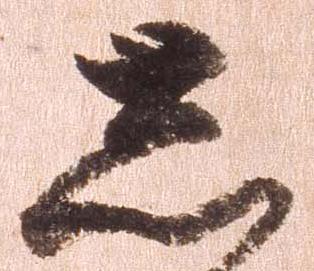
し